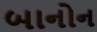
બાનોન